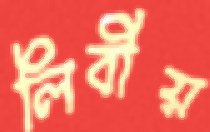
লিবীয়